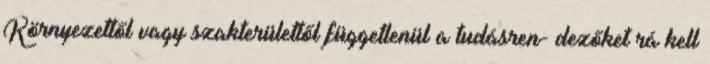
Környezettől vagy szakterülettől függetlenül a tudásren- dezőket rá kell